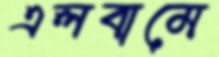
এলবামে